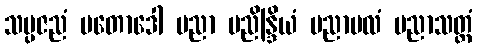
သမ္ပဇညံ ပတောဒေါ ပညာ ပညိန္ဒြိယံ ပညာဗလံ ပညာသတ္ထံ